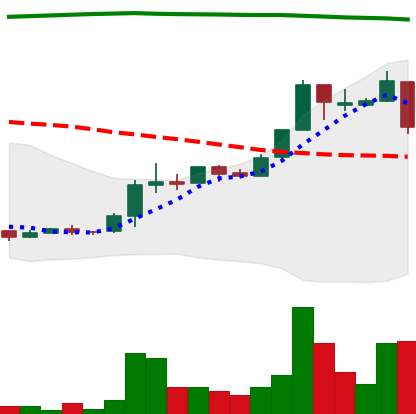
Ticker: XRP-USD
Chart end date: 2018-04-25
Forward return: 4.663%
Label: up_3_5